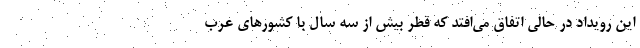
این رویداد در حالی اتفاق می‌افتد که قطر بیش از سه سال با کشورهای عرب